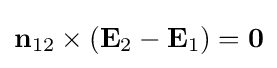
\mathbf {n} _{12}\times (\mathbf {E} _{2}-\mathbf {E} _{1})=\mathbf {0}